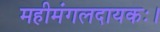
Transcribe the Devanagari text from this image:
महीमंगलदायकः।